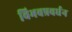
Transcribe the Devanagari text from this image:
विभवप्रवर्धन